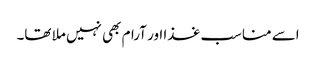
اسے مناسب غذا اور آرام بھی نہیں ملا تھا۔